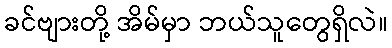
ခင်ဗျားတို့ အိမ်မှာ ဘယ်သူတွေရှိလဲ။